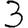
Digit: 3